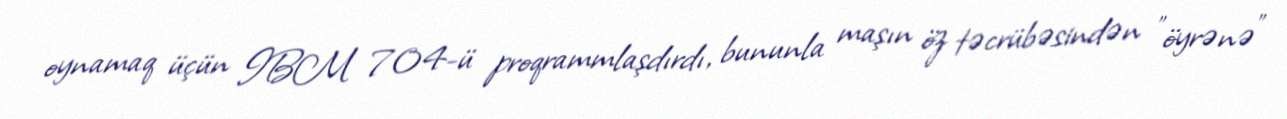
oynamaq üçün IBM 704-ü proqrammlaşdırdı, bununla maşın öz təcrübəsindən "öyrənə"